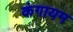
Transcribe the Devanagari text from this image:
कंगायम